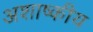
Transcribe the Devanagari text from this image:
अशाष्कीय